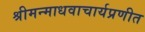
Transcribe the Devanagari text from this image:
श्रीमन्माधवाचार्यप्रणीत